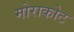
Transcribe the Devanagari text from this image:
मोराकोट